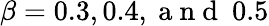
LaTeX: \beta=0.3,0.4,\mathrm{~a~n~d~}~0.5